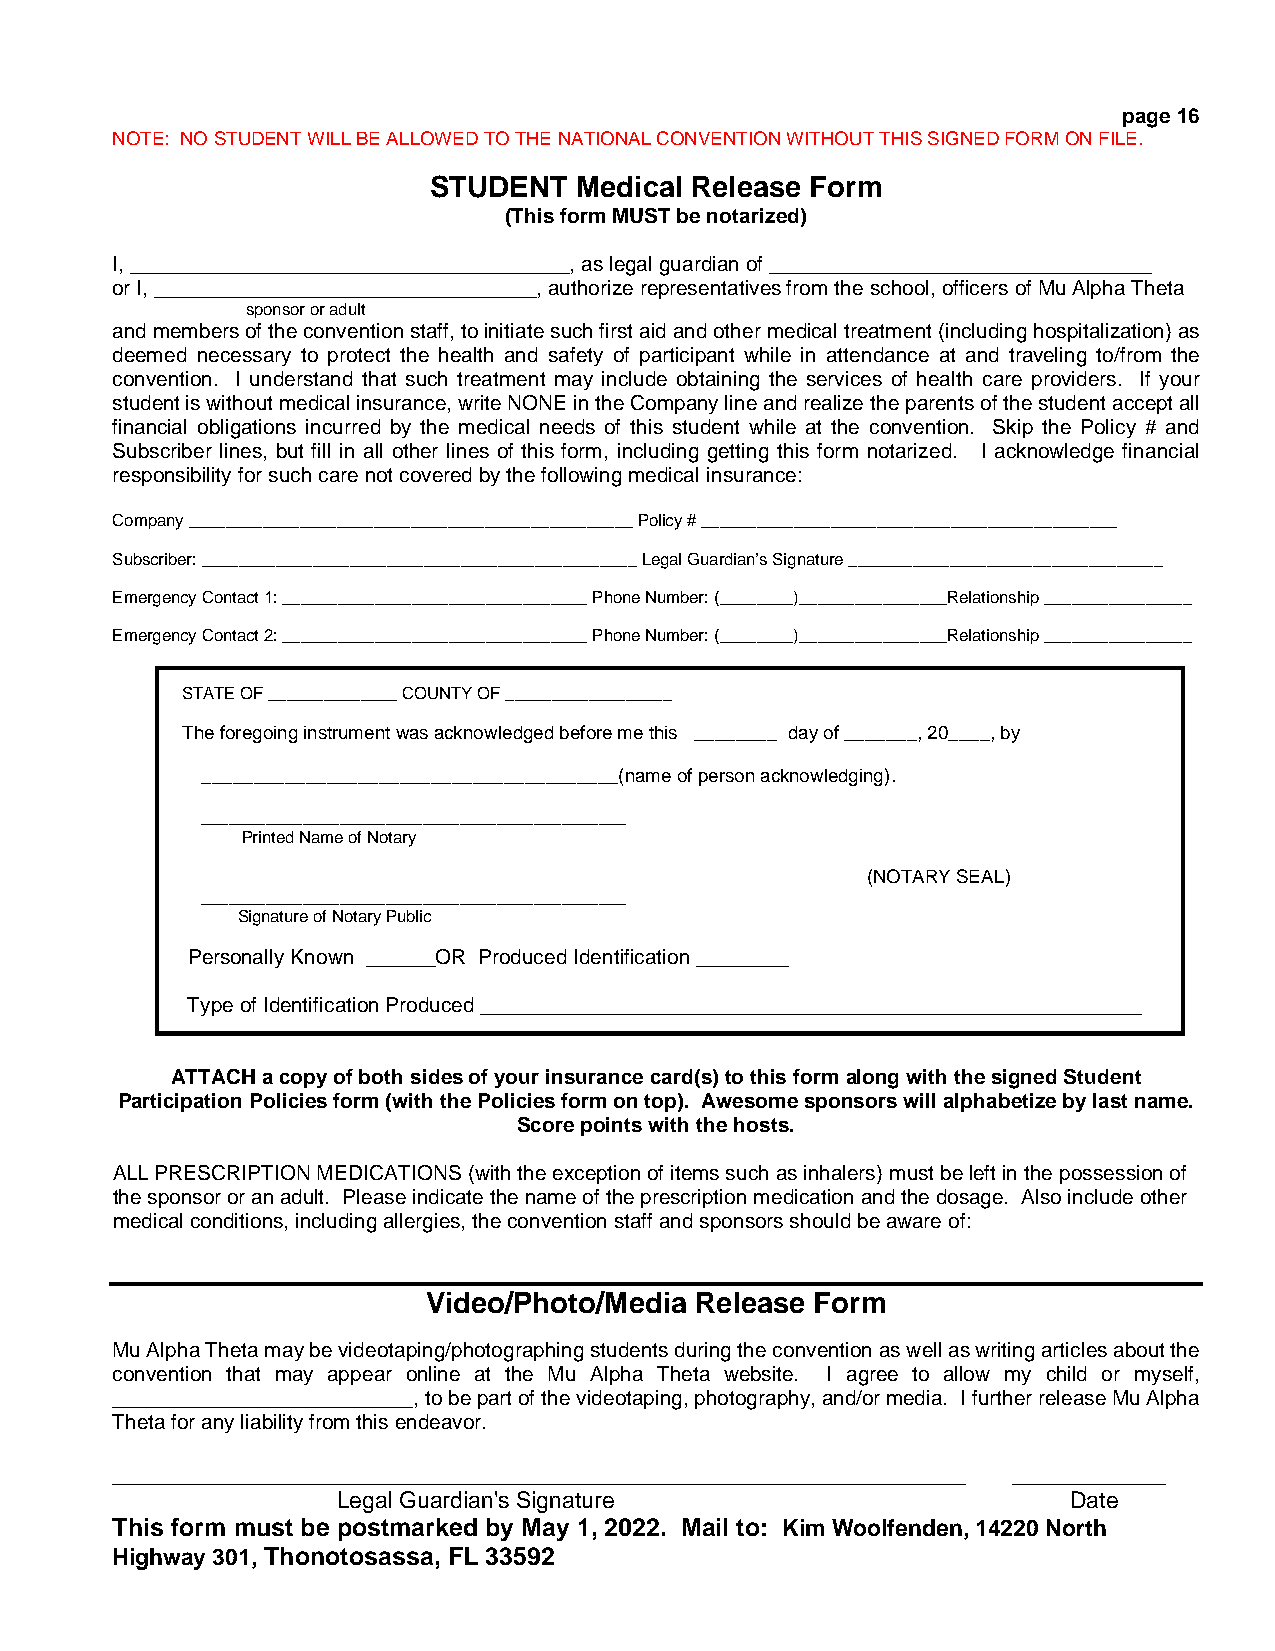
page 16
 NOTE: NO STUDENT WILL BE ALLOWED TO THE NATIONAL CONVENTION WITHOUT THIS SIGNED FORM ON FILE.
 STUDENT   Medical Release Form
 (This form MUST be notarized)
 I, ______________________________________, as legal guardian of _________________________________
 or I, _________________________________, authorize representatives from the school, officers of Mu Alpha Theta
 sponsor or adult
 and members of the convention staff, to initiate such first aid and other medical treatment (including hospitalization) as
 deemed necessary to protect the health and safety of participant while in attendance at and traveling to/from the
 convention. I understand that such treatment may include obtaining the services of health care providers. If your
 student is without medical insurance, write NONE in the Company line and realize the parents of the student accept all
 financial obligations incurred by the medical needs of this student while at the convention. Skip the Policy # and
 Subscriber lines, but fill in all other lines of this form, including getting this form notarized. I acknowledge financial
 responsibility for such care not covered by the following medical insurance:
 Company ________________________________________________ Policy # _____________________________________________
 Subscriber: _______________________________________________ Legal Guardian’s Signature __________________________________
 Emergency Contact 1: _________________________________ Phone Number: (________)________________Relationship ________________
 Emergency Contact 2: _________________________________ Phone Number: (________)________________Relationship ________________
 STATE OF ______________ COUNTY OF __________________
 The foregoing instrument was acknowledged before me this ________ day of _______, 20____, by
 ________________________________________(name of person acknowledging).
 ______________________________________________
 Printed Name of Notary
 (NOTARY SEAL)
 ______________________________________________
 Signature of Notary Public
 Personally Known ______OR Produced Identification ________
 Type of Identification Produced _________________________________________________________
 ATTACH a copy of both sides of your insurance card(s) to this form along with the signed Student
 Participation Policies form (with the Policies form on top). Awesome sponsors will alphabetize by last name.
 Score points with the hosts.
 ALL PRESCRIPTION MEDICATIONS (with the exception of items such as inhalers) must be left in the possession of
 the sponsor or an adult. Please indicate the name of the prescription medication and the dosage. Also include other
 medical conditions, including allergies, the convention staff and sponsors should be aware of:
 Video/Photo/Media Release Form
 Mu Alpha Theta may be videotaping/photographing students during the convention as well as writing articles about the
 convention that may appear online at the Mu Alpha Theta website. I agree to allow my child or myself,
 __________________________, to be part of the videotaping, photography, and/or media. I further release Mu Alpha
 Theta for any liability from this endeavor.
 ___________________________________________________________________ ____________
 Legal Guardian's Signature                       Date
 This form must be postmarked by May 1, 2022. Mail to: Kim Woolfenden, 14220 North
 Highway 301, Thonotosassa, FL 33592